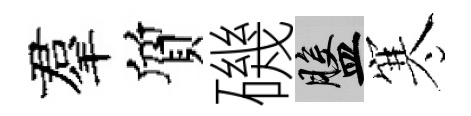
羣質磯盤寒